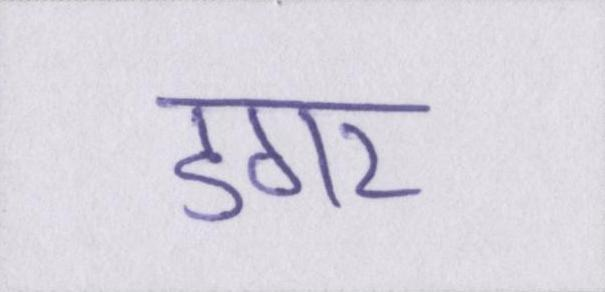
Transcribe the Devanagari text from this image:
डगर